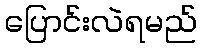
ပြောင်းလဲရမည်